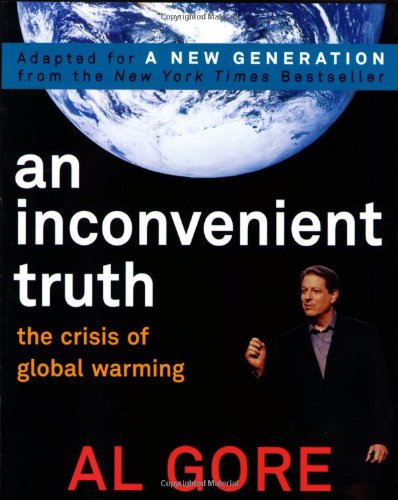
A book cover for AN Inconvenient Truth: The Crisis of Global Warming; Al Gore; Children's Books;